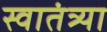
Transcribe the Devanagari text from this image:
स्वातंत्र्या